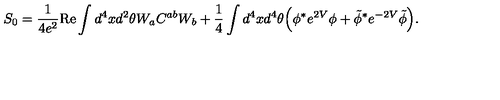
S _ { 0 } = \frac { 1 } { 4 e ^ { 2 } } \mathrm { R e } \int d ^ { 4 } x d ^ { 2 } \theta W _ { a } C ^ { a b } W _ { b } + \frac { 1 } { 4 } \int d ^ { 4 } x d ^ { 4 } \theta \Big ( \phi ^ { * } e ^ { 2 V } \phi + \tilde { \phi } ^ { * } e ^ { - 2 V } \tilde { \phi } \Big ) .